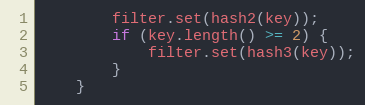
Language: C
        filter.set(hash2(key));
        if (key.length() >= 2) {
            filter.set(hash3(key));
        }
    }